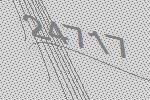
24717